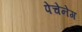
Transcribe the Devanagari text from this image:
पेचेनेग